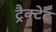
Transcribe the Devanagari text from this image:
ट्रैक्टेट